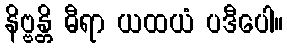
နိဗ္ဗန္တိ ဓီရာ ယထယံ ပဒီပေါ။